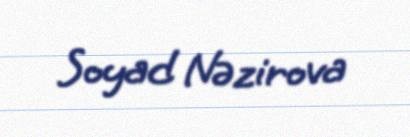
Soyad Nəzirova